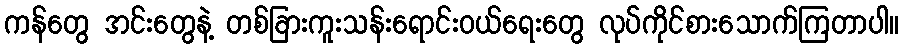
ကန်တွေ အင်းတွေနဲ့ တစ်ခြားကူးသန်းရောင်းဝယ်ရေးတွေ လုပ်ကိုင်စားသောက်ကြတာပါ။